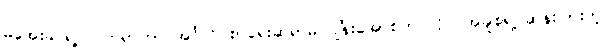
မအေးခင်ရဲ့ လက်ရာဟာ အင်္ဂလိပ်စာရေးဆရာမ ဂျိန်းအော်စတင်လိုပဲ အချစ်ရဲ့ ဆန်းပြားတဲ့